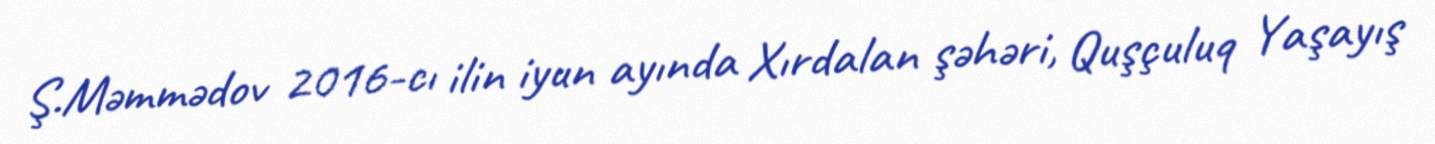
Ş.Məmmədov 2016-cı ilin iyun ayında Xırdalan şəhəri, Quşçuluq Yaşayış